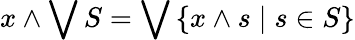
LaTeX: x\wedge\bigvee S=\bigvee\left\{ x\wedge s\mid s\in S\right\}